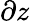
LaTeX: \partial z